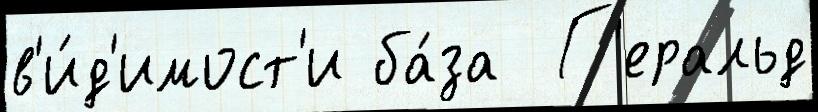
в'и́д'имост'и ба́за  Г'еральд